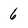
Character: 6